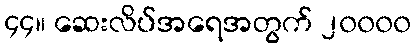
၄၄။ ဆေးလိပ်အရေအတွက် ၂၀၀၀၀